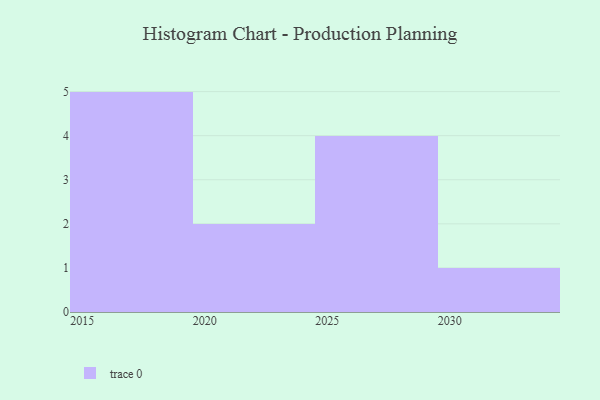
{"axis": {"x": "Year", "y": "Shipments"}, "legend": [""], "data": [{"x": "2027", "y": 32, "type": ""}, {"x": "2019", "y": 51, "type": ""}, {"x": "2015", "y": 16, "type": ""}, {"x": "2024", "y": 42, "type": ""}, {"x": "2028", "y": 32, "type": ""}, {"x": "2017", "y": 46, "type": ""}, {"x": "2026", "y": 3, "type": ""}, {"x": "2030", "y": 88, "type": ""}, {"x": "2021", "y": 73, "type": ""}, {"x": "2025", "y": 88, "type": ""}, {"x": "2016", "y": 24, "type": ""}, {"x": "2018", "y": 23, "type": ""}]}